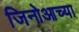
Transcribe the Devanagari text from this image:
जिनोआच्या